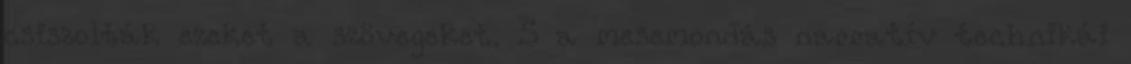
csiszolták ezeket a szövegeket. S a mesemondás narratív technikái